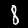
Label: 8